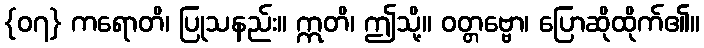
{၀၇} ကရောတိ၊ ပြုသနည်း။ ဣတိ၊ ဤသို့။ ဝတ္တဗ္ဗော၊ ပြောဆိုထိုက်၏။